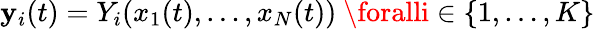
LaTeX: \mathbf{y}_{i}(t)=Y_{i}(x_{1}(t),\ldots,x_{N}(t)){\mathrm{{~}}}\foralli\in\{ 1,\ldots,K\}